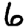
Digit: 6